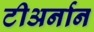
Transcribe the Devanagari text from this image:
टीअर्नान